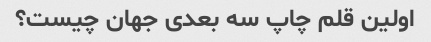
اولین قلم چاپ سه بعدی جهان چیست؟